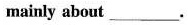
mainly about